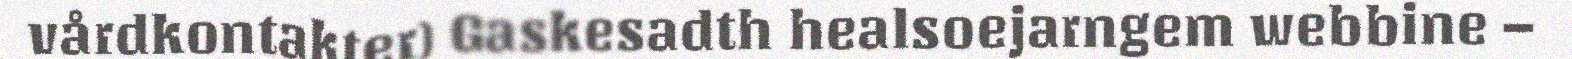
vårdkontakter) Gaskesadth healsoejarngem webbine –